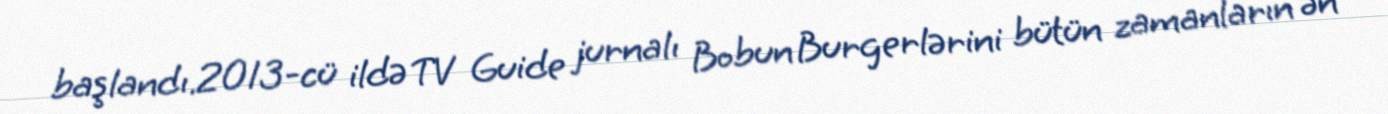
başlandı.2013-cü ildə TV Guide jurnalı Bobun Burgerlərini bütün zamanların ən